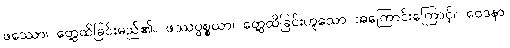
ဖဿော၊ တွေ့ထိခြင်းမည်၏။ ဖဿပ္ပစ္စယာ၊ တွေ့ထိခြင်းဟူသော အကြောင်းကြောင့်။ ဝေဒနာ၊